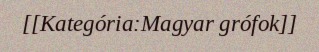
[[Kategória:Magyar grófok]]